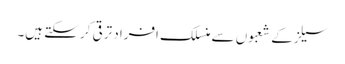
سیلزکے شعبوں سے منسلک افراد ترقی کر سکتے ہیں۔